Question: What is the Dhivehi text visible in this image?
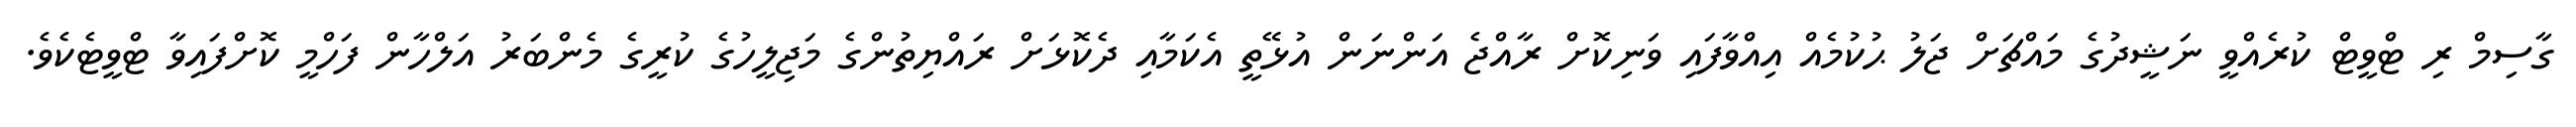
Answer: ގާސިމް ރި ޓްވީޓް ކުރެއްވީ ނަޝީދުގެ މައްޗަށް ޖަލު ޙުކުމެއް އިއްވާފައި ވަނިކޮށް ރާއްޖެ އަންނަން އުޅޭތީ އެކަމާއި ދެކޮޅަށް ރައްޔިތުންގެ މަޖިލީހުގެ ކުރީގެ މެންބަރު އަލްހާން ފަހްމީ ކޮށްފައިވާ ޓްވީޓެކެވެ.